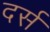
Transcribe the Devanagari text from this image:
दर्स